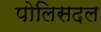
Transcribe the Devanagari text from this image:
पोलिसदल